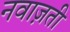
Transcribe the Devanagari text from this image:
नवाज़ती